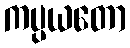
ကပ္ပယတော